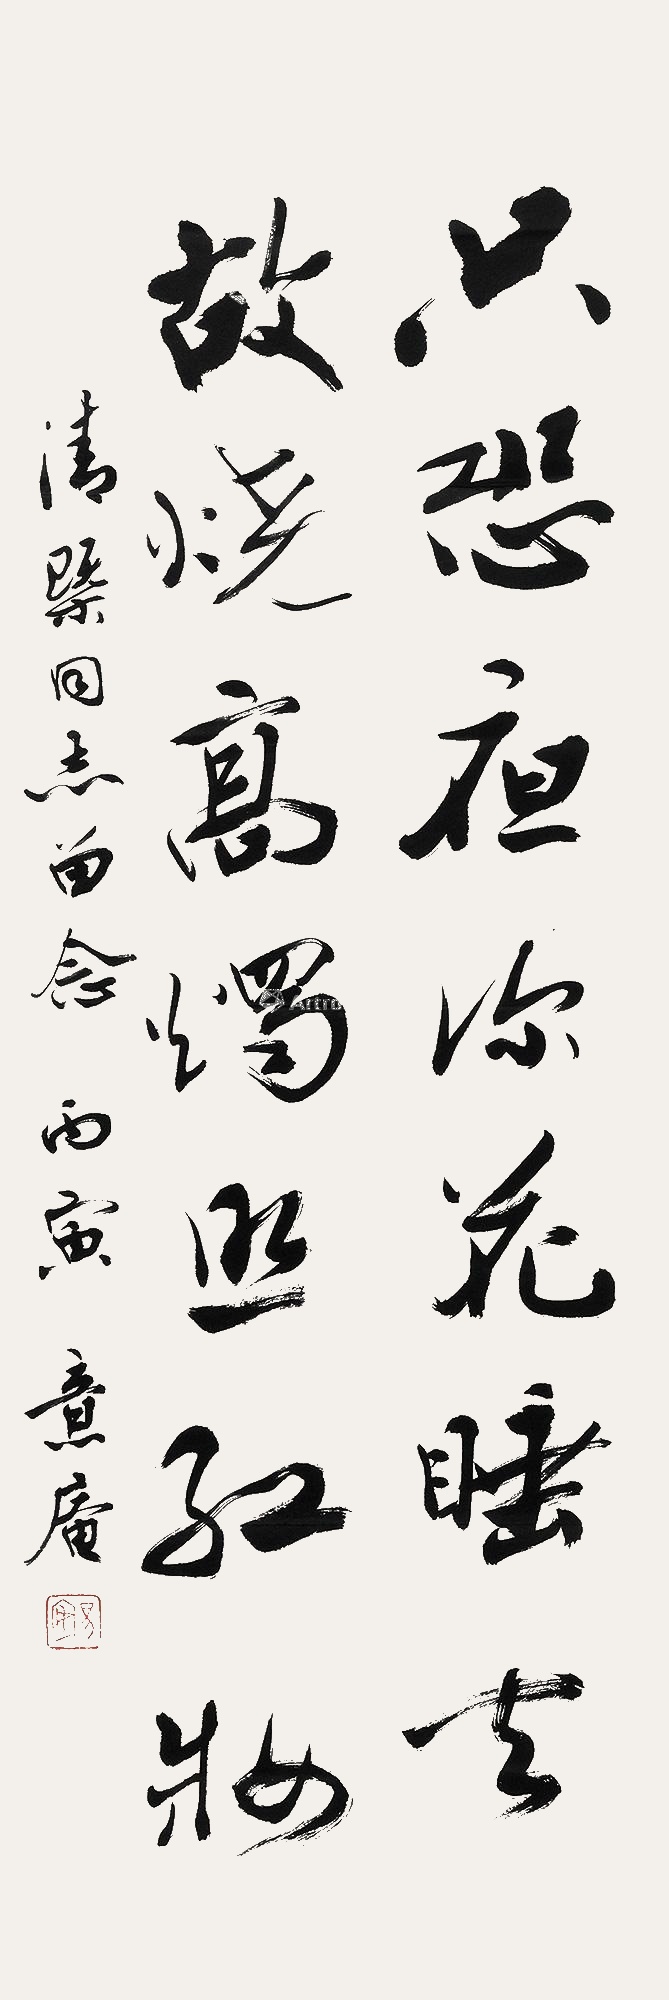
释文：只恐夜深花睡去，故烧高烛照红妆。清概同志留念，丙寅，意庵。